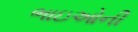
ભાઇઓની